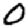
Digit: 0